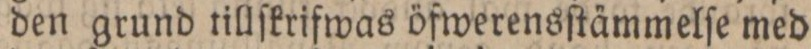
den grund tillſkrifwas öfwerensſtämmelſe med